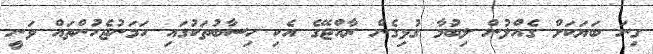
ގިނަ ބަޔަކަށް ގެއްލުން ލިބުމާ ގުޅިގެން ރާއްޖޭގެ އެކި ހިސާބުތަކުގައި ހަމަނުޖެހުންތައް ވަނީ